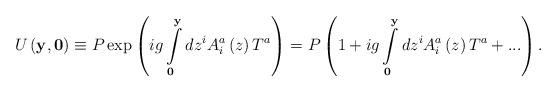
LaTeX: \begin{align*}U\left( {{\bf y},{\bf 0}} \right) \equiv P\exp \left({ig\int\limits_{\bf 0}^{\bf y} {dz^i } A_i^a \left( z \right)T^a }\right) = P\left( {1 + ig\int\limits_{\bf 0}^{\bf y} {dz^i } A_i^a\left( z \right)T^a + ...} \right) . \end{align*}